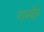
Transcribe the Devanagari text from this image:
गाम्बीर